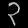
Digit: ၃